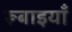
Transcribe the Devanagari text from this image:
रूबाइयाँ